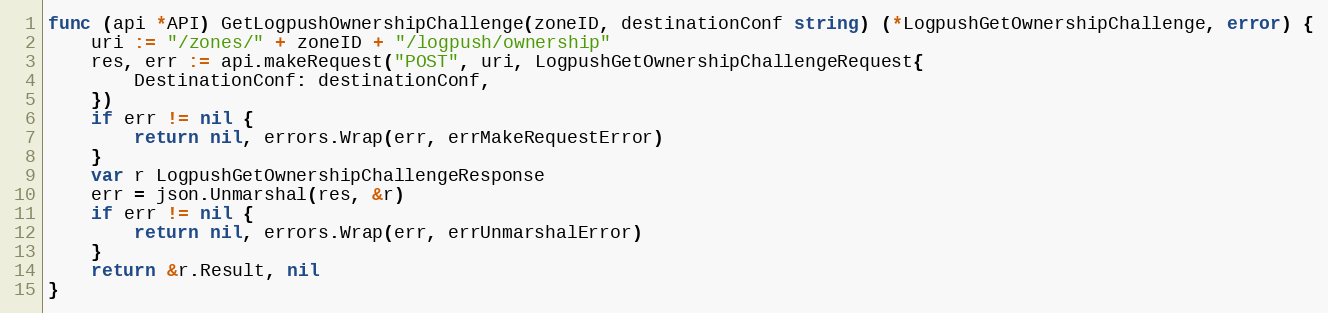
Language: Go
func (api *API) GetLogpushOwnershipChallenge(zoneID, destinationConf string) (*LogpushGetOwnershipChallenge, error) {
	uri := "/zones/" + zoneID + "/logpush/ownership"
	res, err := api.makeRequest("POST", uri, LogpushGetOwnershipChallengeRequest{
		DestinationConf: destinationConf,
	})
	if err != nil {
		return nil, errors.Wrap(err, errMakeRequestError)
	}
	var r LogpushGetOwnershipChallengeResponse
	err = json.Unmarshal(res, &r)
	if err != nil {
		return nil, errors.Wrap(err, errUnmarshalError)
	}
	return &r.Result, nil
}